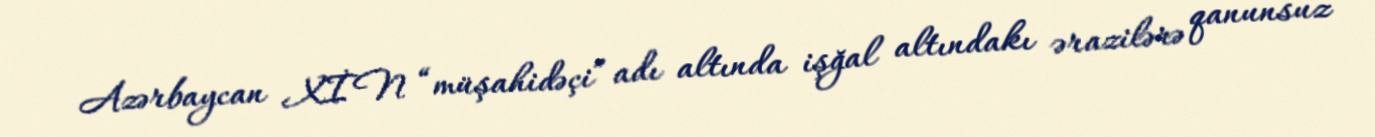
Azərbaycan XİN “müşahidəçi” adı altında işğal altındakı ərazilərə qanunsuz